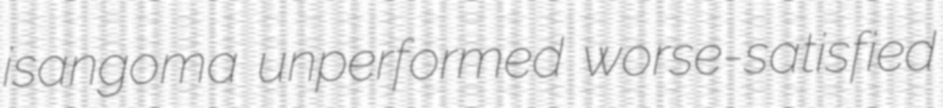
isangoma unperformed worse-satisfied